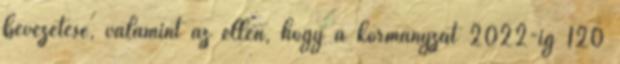
bevezetése, valamint az ellen, hogy a kormányzat 2022-ig 120